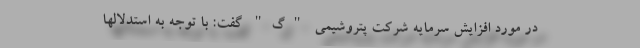
در مورد افزایش سرمایه شرکت پتروشیمی "گ" گفت: با توجه به استدلالها